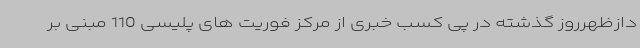
دازظهرروز گذشته در پی کسب خبری از مرکز فوریت های پلیسی 110 مبنی بر